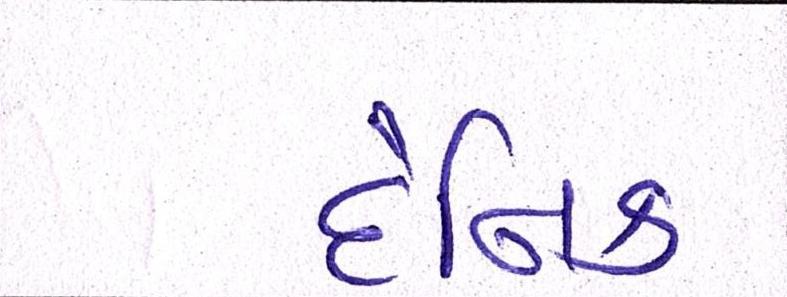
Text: દૈનિક